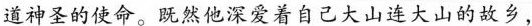
道神圣的使命。既然他深爱着自己大山连大山的故乡，